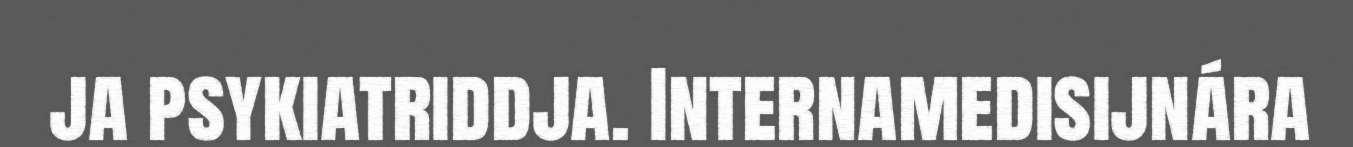
ja psykiatriddja. Internamedisijnára